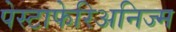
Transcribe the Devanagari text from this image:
पेस्टाफेरिअनिज्म